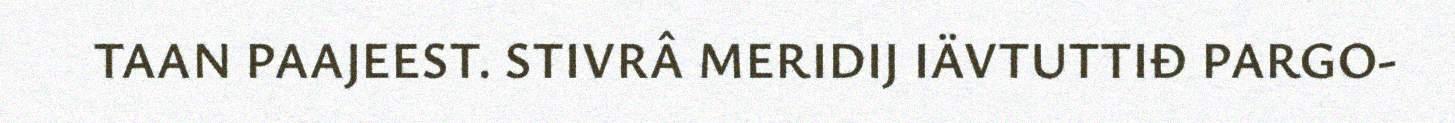
TAAN PAAJEEST. STIVRÂ MERIDIJ IÄVTUTTIĐ PARGO-